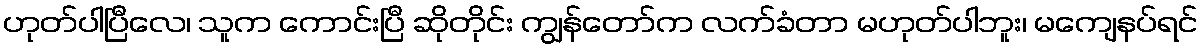
ဟုတ်ပါပြီလေ၊ သူက ကောင်းပြီ ဆိုတိုင်း ကျွန်တော်က လက်ခံတာ မဟုတ်ပါဘူး၊ မကျေနပ်ရင်